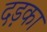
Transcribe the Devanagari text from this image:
दड़का